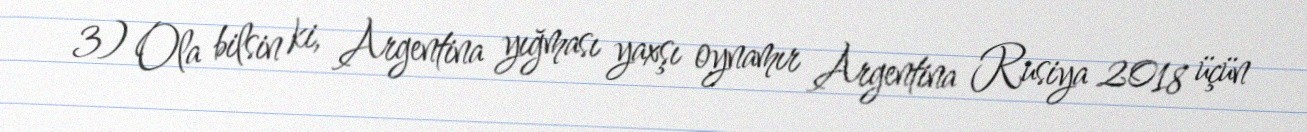
3) Ola bilsin ki, Argentina yığması yaxşı oynamır Argentina Rusiya 2018 üçün